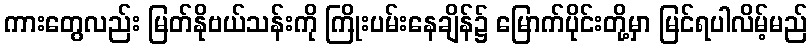
ကားတွေလည်း မြတ်နိုဗယ်သန်းကို ကြိုးပမ်းနေချိန်၌ မြောက်ပိုင်းတို့မှာ မြင်ရပါလိမ့်မည်